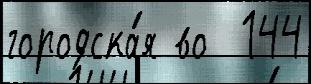
городска́я во  144